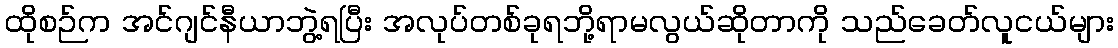
ထိုစဉ်က အင်ဂျင်နီယာဘွဲ့ရပြီး အလုပ်တစ်ခုရဘို့ရာမလွယ်ဆိုတာကို သည်ခေတ်လူငယ်များ